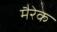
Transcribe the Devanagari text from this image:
मैरेक